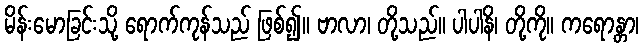
မိန်းမောခြင်းသို့ ရောက်ကုန်သည် ဖြစ်၍။ ဗာလာ၊ တို့သည်။ ပါပါနိ၊ တို့ကို။ ကရောန္တာ၊